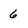
Character: 6